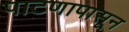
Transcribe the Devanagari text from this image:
पाटणापासून